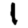
Digit: 1